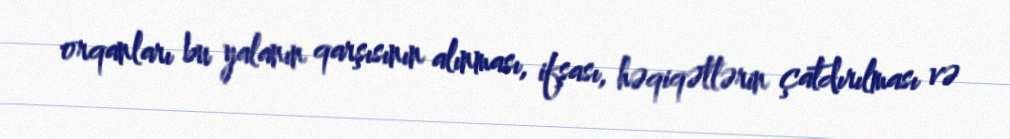
orqanları bu yalanın qarşısının alınması, ifşası, həqiqətlərin çatdırılması və